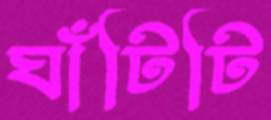
ঘাঁটিটি